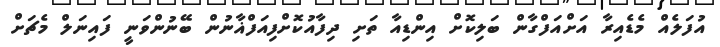
އުފަލެއް މެޑެއިރާ އަށްއަފްގާން ބަލިކޮށް އިންޑިއާ ތަށި ދިފާއުކޮށްފިއަފްޣާނުން ބޭނުންވަނީ ފައިނަލް މެޗަށް